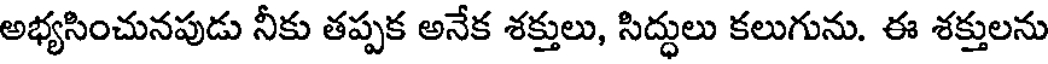
అభ్యసించునపుడు నీకు తప్పక అనేక శక్తులు, సిద్ధులు కలుగును. ఈ శక్తులను